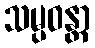
သမ္ပဝန္တာ